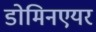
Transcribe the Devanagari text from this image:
डोमिनएयर